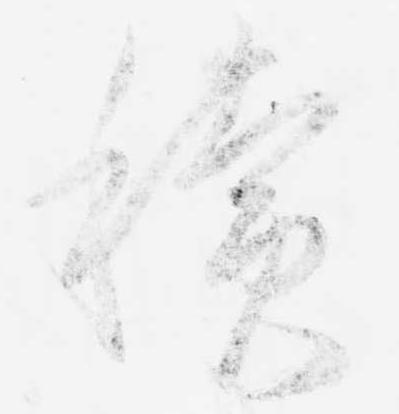
積